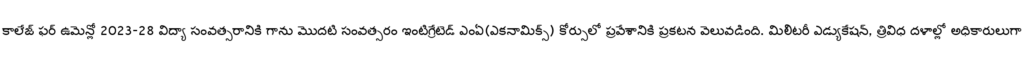
కాలేజ్ ఫర్ ఉమెన్లో 2023-28 విద్యా సంవత్సరానికి గాను మొదటి సంవత్సరం ఇంటిగ్రేటెడ్ ఎంఏ(ఎకనామిక్స్) కోర్సులో ప్రవేశానికి ప్రకటన వెలువడింది. మిలిటరీ ఎడ్యుకేషన్, త్రివిధ దళాల్లో అధికారులుగా